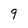
Character: 9